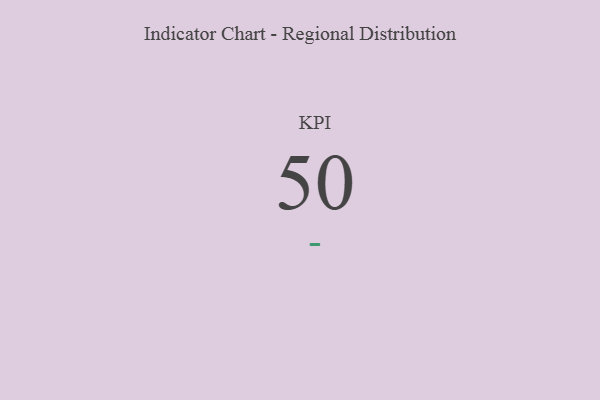
{"axis": {"x": "KPI", "y": "Value"}, "legend": [""], "data": [{"x": "KPI", "y": 50, "type": ""}]}